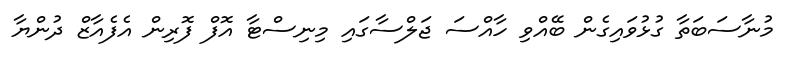
މުނާސަބަތާ ގުޅުވައިގެން ބޭއްވި ހާއްސަ ޖަލްސާގައި މިނިސްޓާ އޮފް ފޮރިން އެފެއާޒް ދުންޔާ